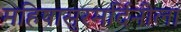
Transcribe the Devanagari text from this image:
महिषासुरमर्दिनीला